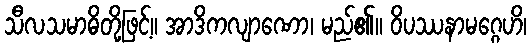
သီလသမာဓိတို့ဖြင့်။ အာဒိကလျာဏော၊ မည်၏။ ဝိပဿနာမဂ္ဂေဟိ၊